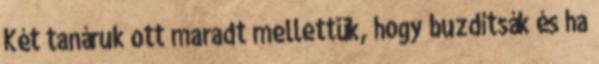
Két tanáruk ott maradt mellettük, hogy buzdítsák és ha